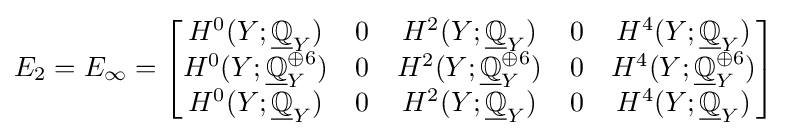
E_{2}=E_{\infty }={\begin{bmatrix}H^{0}(Y;{\underline {\mathbb {Q} }}_{Y})&0&H^{2}(Y;{\underline {\mathbb {Q} }}_{Y})&0&H^{4}(Y;{\underline {\mathbb {Q} }}_{Y})\\H^{0}(Y;{\underline {\mathbb {Q} }}_{Y}^{\oplus 6})&0&H^{2}(Y;{\underline {\mathbb {Q} }}_{Y}^{\oplus 6})&0&H^{4}(Y;{\underline {\mathbb {Q} }}_{Y}^{\oplus 6})\\H^{0}(Y;{\underline {\mathbb {Q} }}_{Y})&0&H^{2}(Y;{\underline {\mathbb {Q} }}_{Y})&0&H^{4}(Y;{\underline {\mathbb {Q} }}_{Y})\end{bmatrix}}